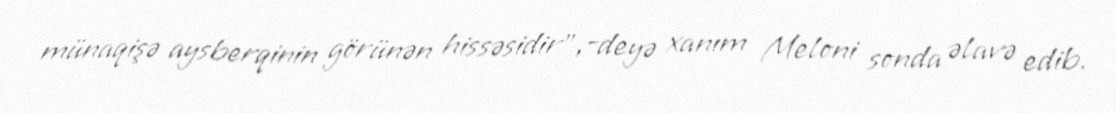
münaqişə aysberqinin görünən hissəsidir”,-deyə xanım Meloni sonda əlavə edib.